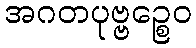
အဂတပုဗ္ဗဉ္စေဝ